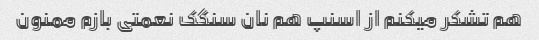
هم تشکر میکنم از اسنپ هم نان سنگک نعمتی بازم ممنون